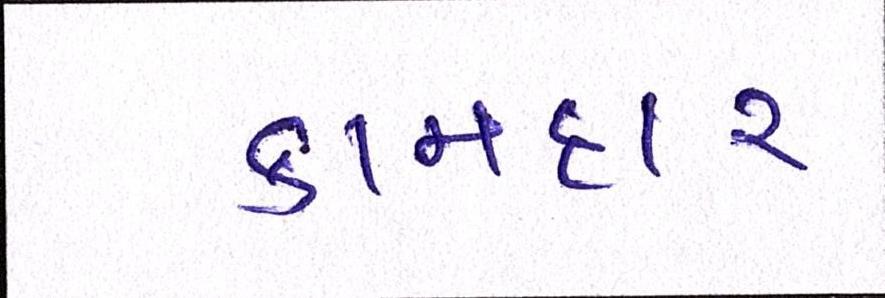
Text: કામદાર